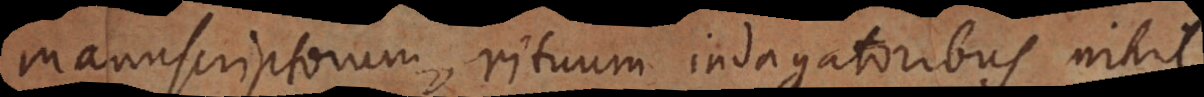
manuscriptorum, rituum indagatoribus nihil